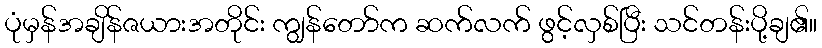
ပုံမှန်အချိန်ဇယားအတိုင်း ကျွန်တော်က ဆက်လက် ဖွင့်လှစ်ပြီး သင်တန်းပို့ချ၏။